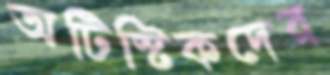
অটিস্টিকদের